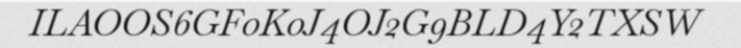
ILAOOS6GF0K0J4OJ2G9BLD4Y2TXSW